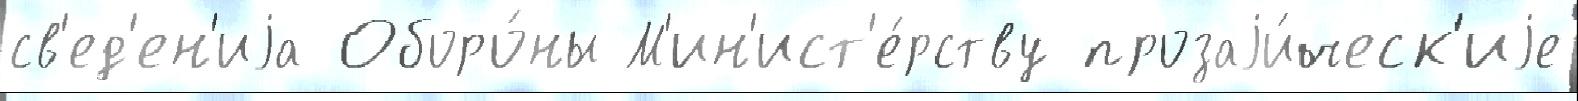
св'ед'ен'иjа Оборо́ны М'ин'ист'е́рству прозаjи́ческ'иjе